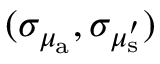
( \sigma _ { \mu _ { \mathrm { a } } } , \sigma _ { \mu _ { \mathrm { s } } ^ { \prime } } )